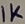
Text: 1K